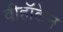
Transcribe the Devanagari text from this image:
वीहॉकेन